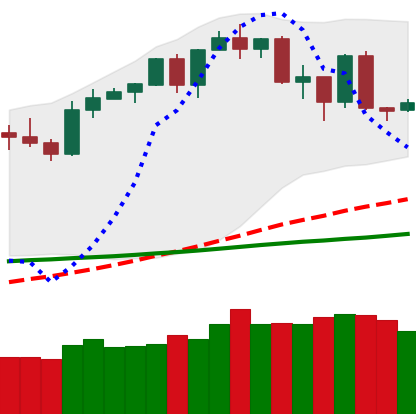
Ticker: BTC-USD
Chart end date: 2020-02-21
Forward return: -8.939%
Label: down_7plus